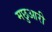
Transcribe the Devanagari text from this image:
मछुआरी